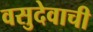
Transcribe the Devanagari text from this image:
वसुदेवाची